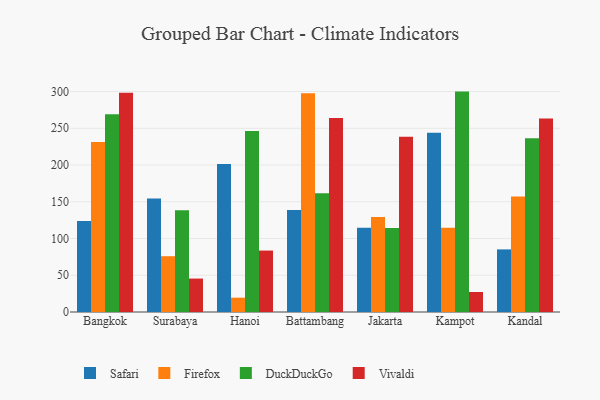
{"axis": {"x": "City", "y": "Backlog"}, "legend": ["DuckDuckGo", "Firefox", "Safari", "Vivaldi"], "data": [{"x": "Bangkok", "y": 123.7, "type": "Safari"}, {"x": "Bangkok", "y": 231.4, "type": "Firefox"}, {"x": "Bangkok", "y": 269.0, "type": "DuckDuckGo"}, {"x": "Bangkok", "y": 298.5, "type": "Vivaldi"}, {"x": "Surabaya", "y": 154.6, "type": "Safari"}, {"x": "Surabaya", "y": 75.9, "type": "Firefox"}, {"x": "Surabaya", "y": 138.5, "type": "DuckDuckGo"}, {"x": "Surabaya", "y": 45.5, "type": "Vivaldi"}, {"x": "Hanoi", "y": 201.5, "type": "Safari"}, {"x": "Hanoi", "y": 19.5, "type": "Firefox"}, {"x": "Hanoi", "y": 246.2, "type": "DuckDuckGo"}, {"x": "Hanoi", "y": 83.6, "type": "Vivaldi"}, {"x": "Battambang", "y": 138.7, "type": "Safari"}, {"x": "Battambang", "y": 297.7, "type": "Firefox"}, {"x": "Battambang", "y": 161.5, "type": "DuckDuckGo"}, {"x": "Battambang", "y": 263.9, "type": "Vivaldi"}, {"x": "Jakarta", "y": 114.8, "type": "Safari"}, {"x": "Jakarta", "y": 129.1, "type": "Firefox"}, {"x": "Jakarta", "y": 114.2, "type": "DuckDuckGo"}, {"x": "Jakarta", "y": 238.3, "type": "Vivaldi"}, {"x": "Kampot", "y": 243.9, "type": "Safari"}, {"x": "Kampot", "y": 114.6, "type": "Firefox"}, {"x": "Kampot", "y": 299.9, "type": "DuckDuckGo"}, {"x": "Kampot", "y": 27.2, "type": "Vivaldi"}, {"x": "Kandal", "y": 85.2, "type": "Safari"}, {"x": "Kandal", "y": 157.3, "type": "Firefox"}, {"x": "Kandal", "y": 236.4, "type": "DuckDuckGo"}, {"x": "Kandal", "y": 263.3, "type": "Vivaldi"}]}